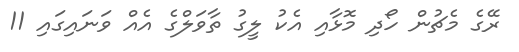
ރޭގެ މެޗުން ހޯދި މޮޅާއި އެކު ލީގު ތާވަލްގެ އެއް ވަނައިގައި 11